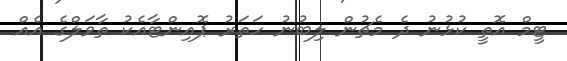
ޓީމް އޮތީ ކުޅުނު ދެ މެޗުން ލިބުނު ހަތަރު ޕޮއިންޓާއެކު ތާވަލްގެ އެއް